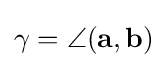
\gamma =\angle (\mathbf {a} ,\mathbf {b} )